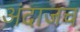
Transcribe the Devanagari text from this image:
अंदाजच